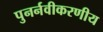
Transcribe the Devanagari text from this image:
पुनर्नवीकरणीय